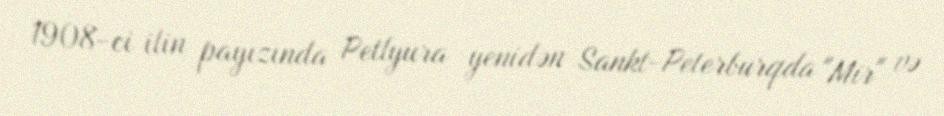
1908-ci ilin payızında Petlyura yenidən Sankt-Peterburqda "Mir" və